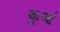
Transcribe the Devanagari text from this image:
कुर्जा